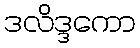
ဒလိဒ္ဒကော